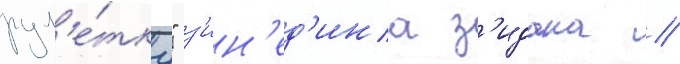
рул'е́тку" з'ин'ед'ина з'идана /